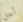
أجل